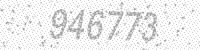
Solution: 946773